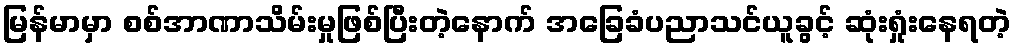
မြန်မာမှာ စစ်အာဏာသိမ်းမှုဖြစ်ပြီးတဲ့နောက် အခြေခံပညာသင်ယူခွင့် ဆုံးရှုံးနေရတဲ့